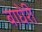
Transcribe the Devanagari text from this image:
बाघेरी